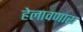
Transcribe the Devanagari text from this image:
हेलावणारा